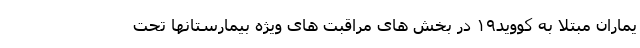
یماران مبتلا به کووید۱۹ در بخش های مراقبت های ویژه بیمارستانها تحت